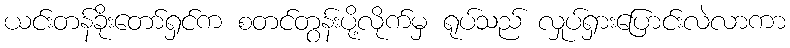
ယင်းတန်ခိုးတော်ရှင်က စတင်တွန်းပို့လိုက်မှ ရုပ်သည် လှုပ်ရှားပြောင်းလဲလာကာ